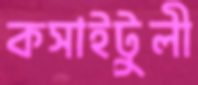
কসাইটুলী